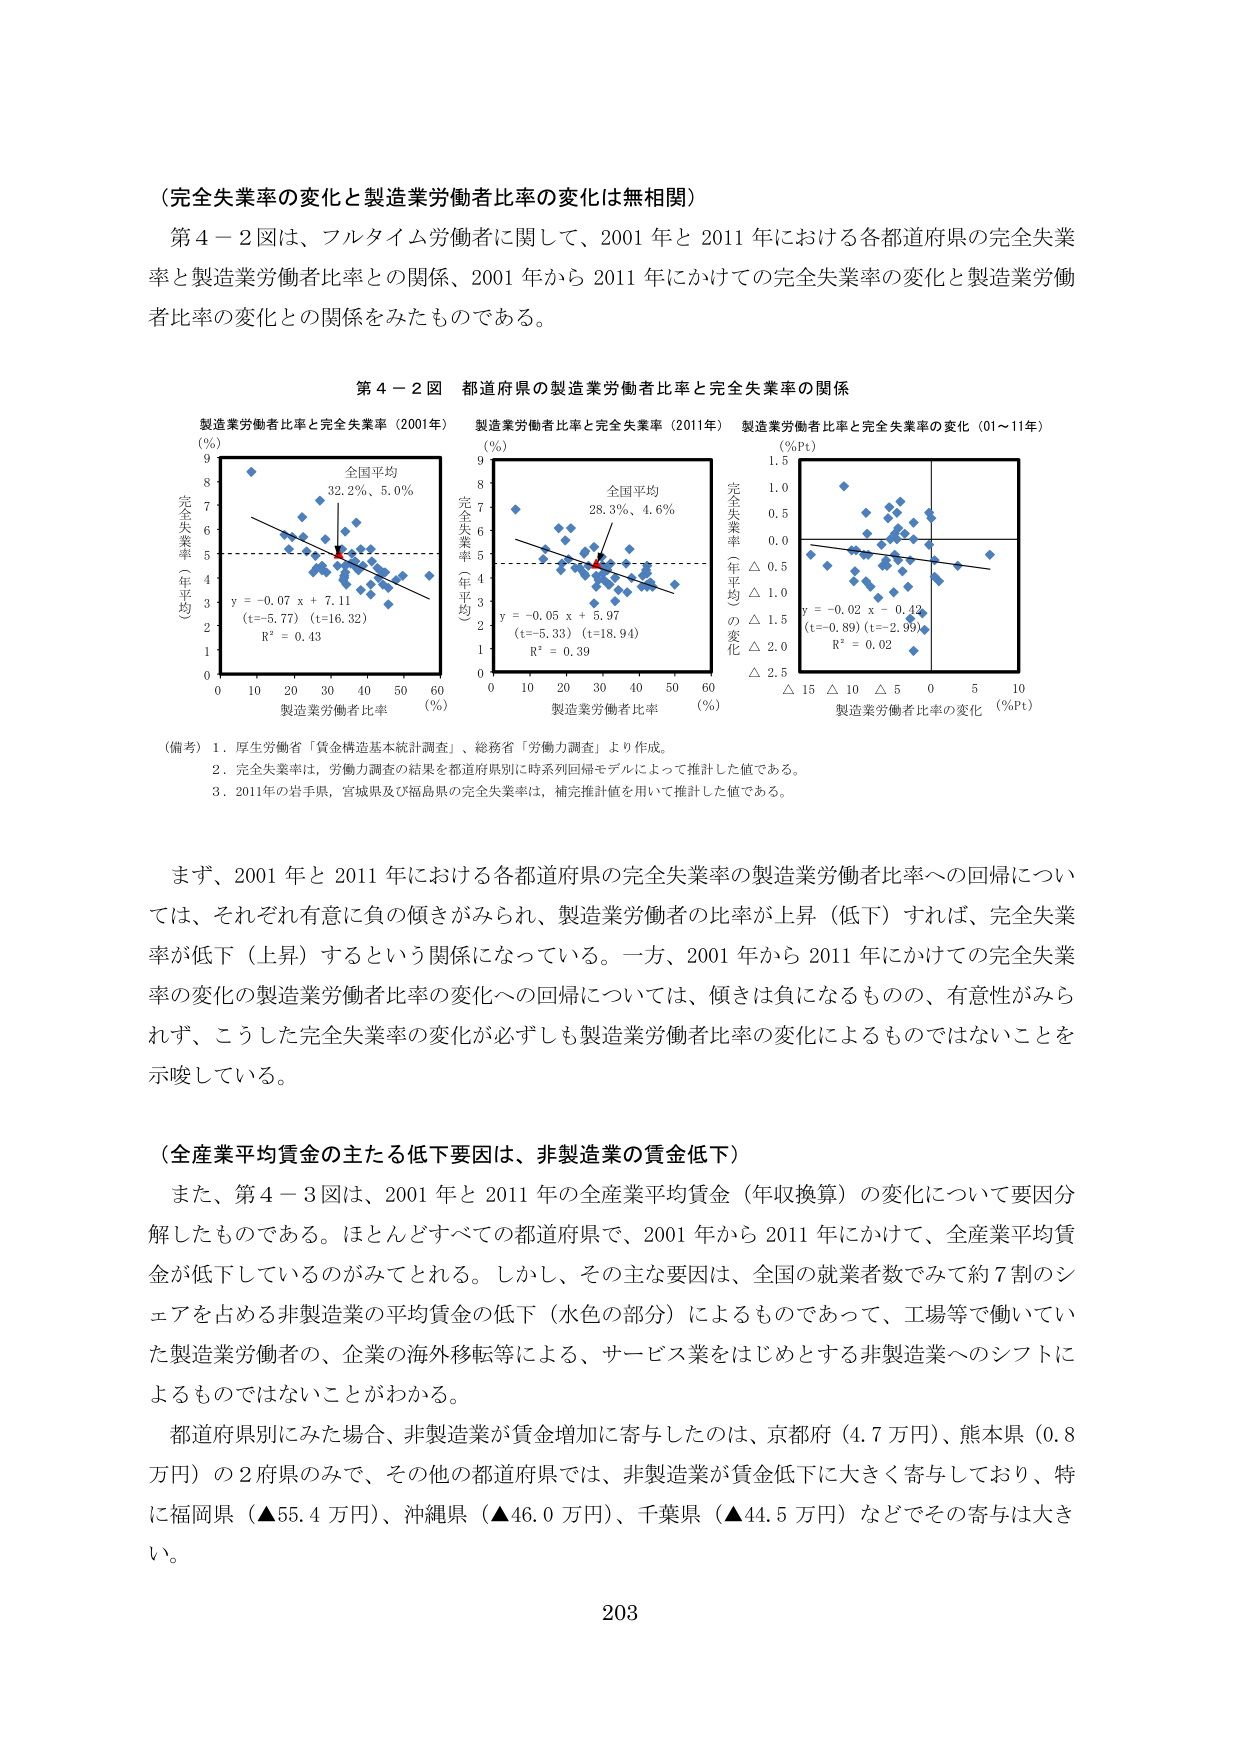
（完全失業率の変化と製造業労働者比率の変化は無相関）

第４－２図は、フルタイム労働者に関して、2001年と2011年における各都道府県の完全失業率と製造業労働者比率との関係、2001年から2011年にかけての完全失業率の変化と製造業労働者比率の変化との関係をみたものである。

第４－２図 都道府県の製造業労働者比率と完全失業率の関係

製造業労働者比率と完全失業率（2001年）
（％）
完全失業率（年平均）
9
8
7
6
5
4
3
2
1
0
0 10 20 30 40 50 60
製造業労働者比率（％）
全国平均
32.2％、5.0％
y = -0.07 x + 7.11
(t=-5.77) (t=16.32)
R² = 0.43

製造業労働者比率と完全失業率（2011年）
（％）
完全失業率（年平均）
9
8
7
6
5
4
3
2
1
0
0 10 20 30 40 50 60
製造業労働者比率（％）
全国平均
28.3％、4.6％
y = -0.05 x + 5.97
(t=-5.33) (t=18.94)
R² = 0.39

製造業労働者比率と完全失業率の変化（01～11年）
（％Pt）
完全失業率（年平均）の変化
1.5
1.0
0.5
0.0
△ 0.5
△ 1.0
△ 1.5
△ 2.0
△ 2.5
△ 15 △ 10 △ 5 0 5 10
製造業労働者比率の変化（％Pt）
y = -0.02 x - 0.42
(t=-0.89) (t=-2.99)
R² = 0.02

（備考）1．厚生労働省「賃金構造基本統計調査」、総務省「労働力調査」より作成。
2．完全失業率は、労働力調査の結果を都道府県別に時系列回帰モデルによって推計した値である。
3．2011年の岩手県、宮城県及び福島県の完全失業率は、補完推計値を用いて推計した値である。

まず、2001年と2011年における各都道府県の完全失業率の製造業労働者比率への回帰については、それぞれ有意に負の傾きがみられ、製造業労働者の比率が上昇（低下）すれば、完全失業率が低下（上昇）するという関係になっている。一方、2001年から2011年にかけての完全失業率の変化の製造業労働者比率の変化への回帰については、傾きは負になるものの、有意性がみられず、こうした完全失業率の変化が必ずしも製造業労働者比率の変化によるものではないことを示唆している。

（全産業平均賃金の主たる低下要因は、非製造業の賃金低下）

また、第４－３図は、2001年と2011年の全産業平均賃金（年収換算）の変化について要因分解したものである。ほとんどすべての都道府県で、2001年から2011年にかけて、全産業平均賃金が低下しているのがみてとれる。しかし、その主な要因は、全国の就業者数でみて約7割のシェアを占める非製造業の平均賃金の低下（水色の部分）によるものであって、工場等で働いていた製造業労働者の、企業の海外移転等による、サービス業をはじめとする非製造業へのシフトによるものではないことがわかる。

都道府県別にみた場合、非製造業が賃金増加に寄与したのは、京都府（4.7万円）、熊本県（0.8万円）の2府県のみで、その他の都道府県では、非製造業が賃金低下に大きく寄与しており、特に福岡県（▲55.4万円）、沖縄県（▲46.0万円）、千葉県（▲44.5万円）などでその寄与は大きい。

203